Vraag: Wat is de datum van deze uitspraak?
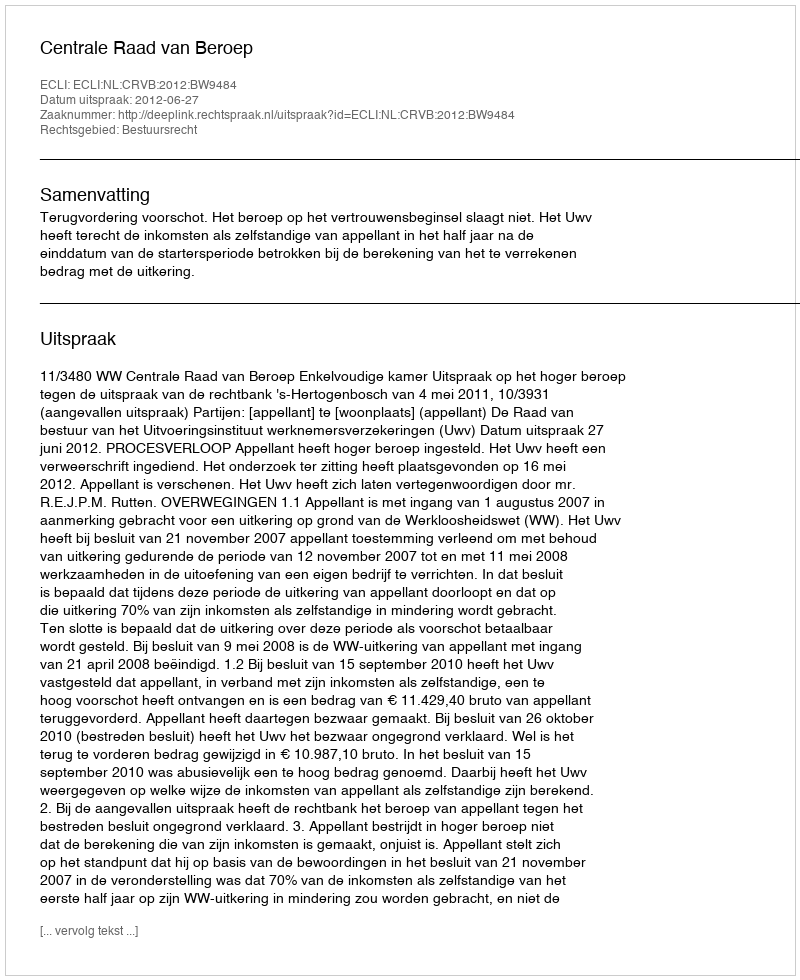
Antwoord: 2012-06-27